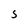
Character: 5